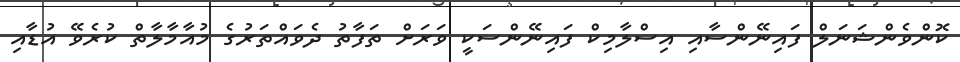
ކޮންވެންޝަނަލް ފައިނޭންސާއި އިސްލާމިކް ފައިނޭންސަކީ ވަރަށް ތަފާތު ދެވައްތަރުގެ މުއާމާލާތް ކުރެވޭ އުޑާއި